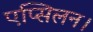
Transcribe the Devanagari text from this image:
एप्सिलन।